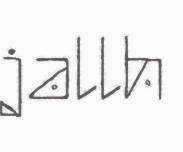
jallh